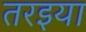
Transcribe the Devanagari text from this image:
तरइया